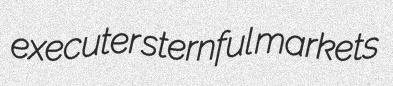
executer sternful markets